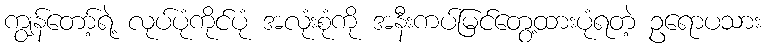
ကျွန်တော့်ရဲ့ လုပ်ပုံကိုင်ပုံ အလုံးစုံကို အနီးကပ်မြင်တွေ့ထားပုံရတဲ့ ဥရောပသား